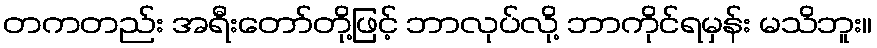
တကတည်း အရီးတော်တို့ဖြင့် ဘာလုပ်လို့ ဘာကိုင်ရမှန်း မသိဘူး။